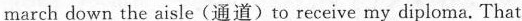
march down the aisle(通道)to receive my diploma. That